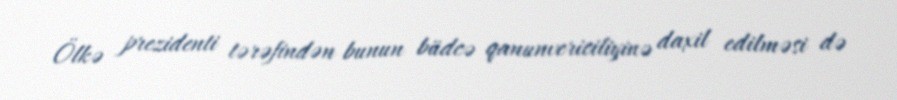
Ölkə prezidenti tərəfindən bunun büdcə qanunvericiliyinə daxil edilməsi də